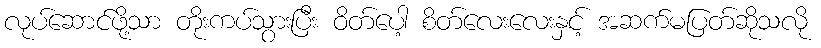
လုပ်ဆောင်ဖို့သာ တိုးကပ်သွားပြီး ဝိတ်ပေါ့ စိတ်လေးလေးနှင့် အဆက်မပြတ်ဆိုသလို